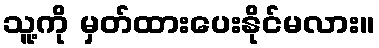
သူ့ကို မှတ်ထားပေးနိုင်မလား။